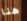
هنا